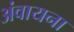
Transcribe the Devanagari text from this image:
अंवायना